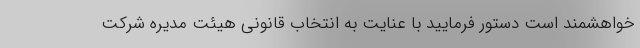
خواهشمند است دستور فرمایید با عنایت به انتخاب قانونی هیئت مدیره شرکت